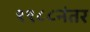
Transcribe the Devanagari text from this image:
१९८८नंतर